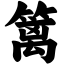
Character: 篱